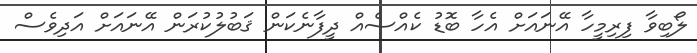
ލޯބިވާ ފިރިމީހާ އޭނައަށް އެހާ ބޮޑު ކެއްސެއް ދީފާނެކަން ޤަބުލުކުރަން އޭނައަށް އަދިވެސް